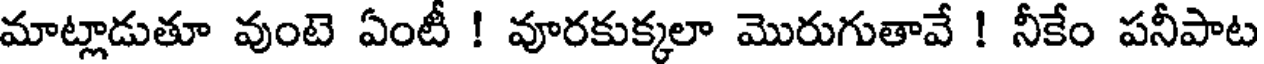
మాట్లాడుతూ వుంటె ఏంటీ ! వూరకుక్కలా మొరుగుతావే ! నీకేం పనీపాట